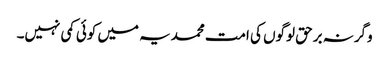
وگرنہ برحق لوگوں کی امت محمدیہ میں کوئی کمی نہیں۔